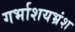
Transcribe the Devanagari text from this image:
गर्भाशयभ्रंश